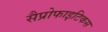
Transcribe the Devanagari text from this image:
सैप्रोफाइटिकस